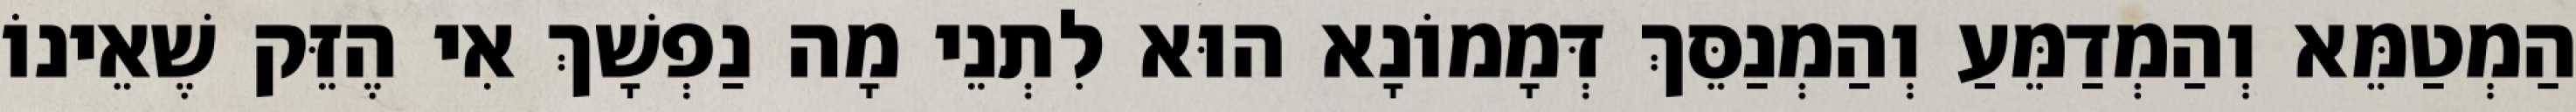
הַמְטַמֵּא וְהַמְדַמֵּעַ וְהַמְנַסֵּךְ דְּמָמוֹנָא הוּא לִתְנֵי מָה נַפְשָׁךְ אִי הֶזֵּק שֶׁאֵינוֹ